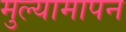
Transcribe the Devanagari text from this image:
मुल्यामापन